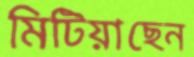
মিটিয়াছেন